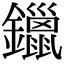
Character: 鑞